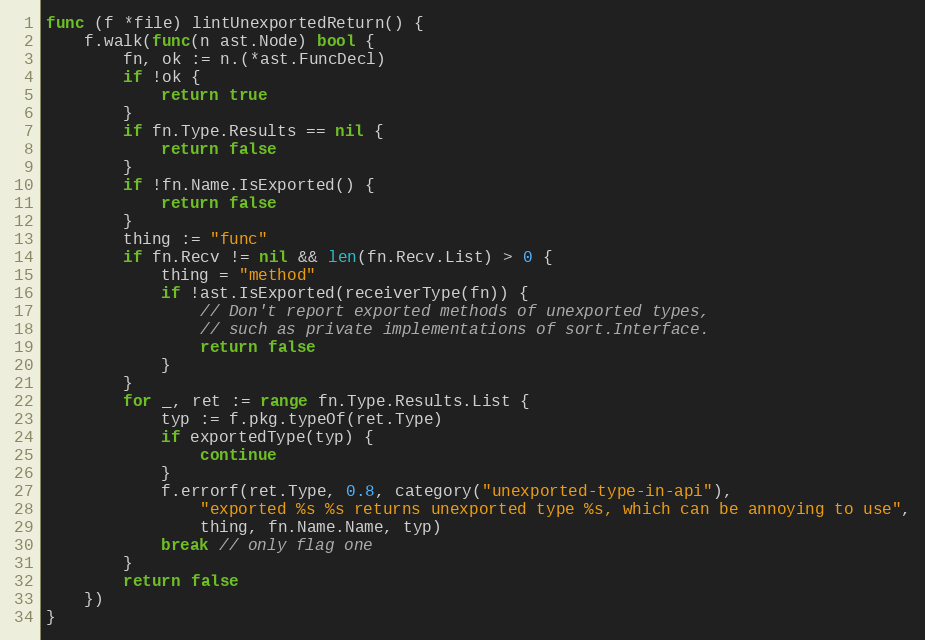
Language: Go
func (f *file) lintUnexportedReturn() {
	f.walk(func(n ast.Node) bool {
		fn, ok := n.(*ast.FuncDecl)
		if !ok {
			return true
		}
		if fn.Type.Results == nil {
			return false
		}
		if !fn.Name.IsExported() {
			return false
		}
		thing := "func"
		if fn.Recv != nil && len(fn.Recv.List) > 0 {
			thing = "method"
			if !ast.IsExported(receiverType(fn)) {
				// Don't report exported methods of unexported types,
				// such as private implementations of sort.Interface.
				return false
			}
		}
		for _, ret := range fn.Type.Results.List {
			typ := f.pkg.typeOf(ret.Type)
			if exportedType(typ) {
				continue
			}
			f.errorf(ret.Type, 0.8, category("unexported-type-in-api"),
				"exported %s %s returns unexported type %s, which can be annoying to use",
				thing, fn.Name.Name, typ)
			break // only flag one
		}
		return false
	})
}